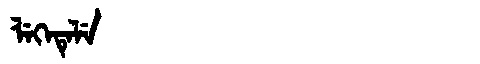
Manchu: ᠯᡝᡴᡝᡨᡝᠯᡝ
Romanization: LEKETELE